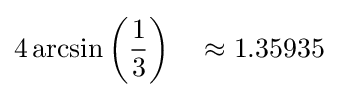
4\arcsin \left({1 \over 3}\right)\quad \approx 1.35935